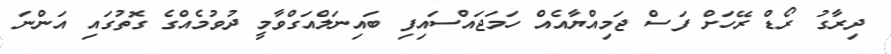
ދިރާގު ރޯޑް ރޭހަށް ފަސް ޖަމިއްޔާއެއް ހަމަޖައްސައިފި ބައިނަލްއަގްވާމީ ދުވުމެއްގެ ގޮތުގައި އަންނަ